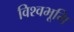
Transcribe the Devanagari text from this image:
विश्वभूमि